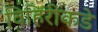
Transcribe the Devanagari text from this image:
विहिरीकडे